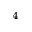
_ 4